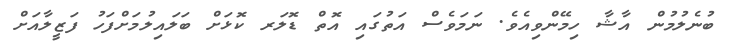
ބުނެލުމުން އާޝާ ހިމޭންވިއެވެ. ނަމަވެސް އަތުގައި އޮތް ޑޮލަރ ކޮޅަށް ބަލައިލުމަށްފަހު ފަޒީލާއަށް